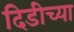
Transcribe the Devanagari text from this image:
दिडीच्या